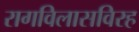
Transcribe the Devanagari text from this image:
रागविलासविरह